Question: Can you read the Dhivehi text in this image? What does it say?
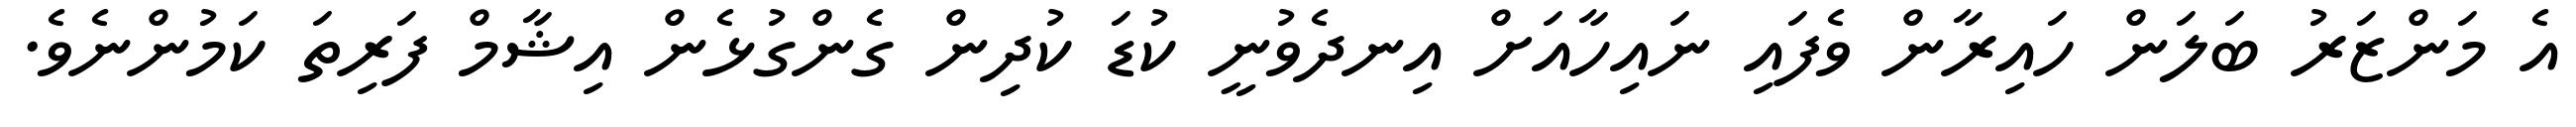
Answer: އެ މަންޒަރު ބަލަން ހައިރާން ވެފައި ނައިހާއަށް އިނދެވުނީ ކުޑަ ކުދިން ގެންގުޅެން އިޝާމް ފަރިތަ ކަމުންނެވެ.